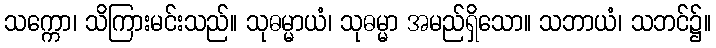
သက္ကော၊ သိကြားမင်းသည်။ သုဓမ္မာယံ၊ သုဓမ္မာ အမည်ရှိသော။ သဘာယံ၊ သဘင်၌။